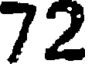
72